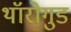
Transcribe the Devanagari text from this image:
थॉरोगुड